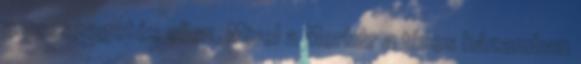
a cseszegetés ellen. Mivel a Merkúr a tízes házamban